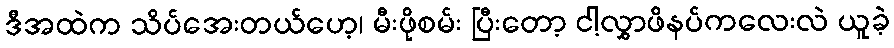
ဒီအထဲက သိပ်အေးတယ်ဟေ့၊ မီးဖိုစမ်း ပြီးတော့ ငါ့လွှာဖိနပ်ကလေးလဲ ယူခဲ့